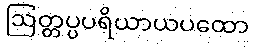
ဩတ္တပ္ပပရိယာယပထော